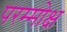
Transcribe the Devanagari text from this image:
परम्मोक्ष